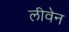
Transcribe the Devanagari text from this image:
लीवेन